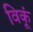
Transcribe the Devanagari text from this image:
विकूं